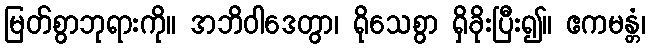
မြတ်စွာဘုရားကို။ အဘိဝါဒေတွာ၊ ရိုသေစွာ ရှိခိုးပြီး၍။ ဧကမန္တံ၊